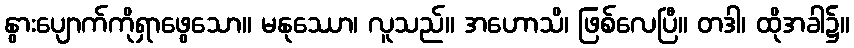
နွားပျောက်ကိုရှာဖွေသော။ မနုဿော၊ လူသည်။ အဟောသိ၊ ဖြစ်လေပြီ။ တဒါ၊ ထိုအခါ၌။